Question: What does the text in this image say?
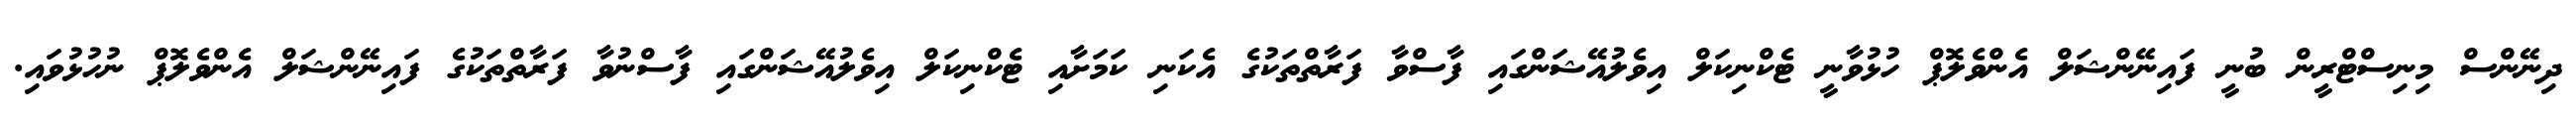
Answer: ދިނޭންސް މިނިސްޓްރީން ބުނީ ފައިނޭންޝަލް އެންވެލޮޕް ހުޅުވާނީ ޓެކްނިކަލް އިވެލުއޭޝަންގައި ފާސްވާ ފަރާތްތަކުގެ އެކަނި ކަމަށާއި ޓެކްނިކަލް އިވެލުއޭޝަންގައި ފާސްނުވާ ފަރާތްތަކުގެ ފައިނޭންޝަލް އެންވެލޮޕް ނުހުޅުވައި.